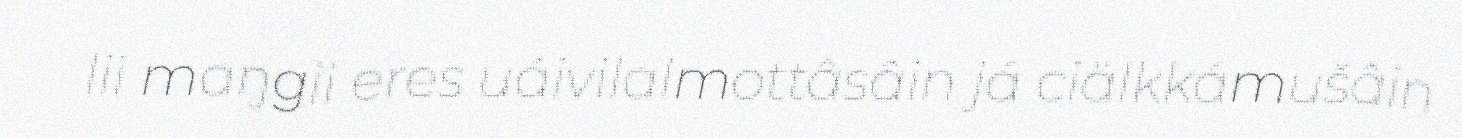
lii maŋgii eres uáivilalmottâsâin já ciälkkámušâin